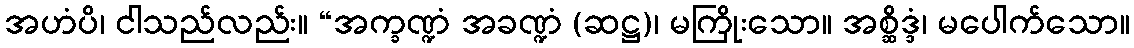
အဟံပိ၊ ငါသည်လည်း။ “အက္ခဏ္ဍံ အခဏ္ဍံ (ဆဋ္ဌ)၊ မကြိုးသော။ အစ္ဆိဒ္ဒံ၊ မပေါက်သော။